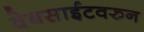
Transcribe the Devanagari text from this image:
वेबसाईटवरुन